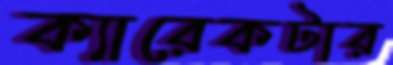
ক্যারেকটার